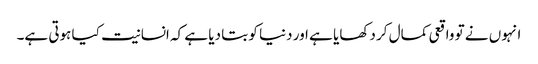
انہوں نے تو واقعی کمال کر دکھایا ہے اور دنیا کو بتا دیا ہے کہ انسانیت کیا ہوتی ہے۔